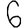
Digit: 6